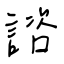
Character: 諮